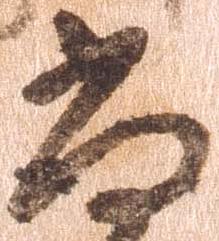
尚